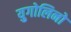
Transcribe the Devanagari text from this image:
युगोलिनो